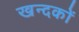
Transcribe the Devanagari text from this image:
खन्दकों